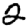
Digit: 2